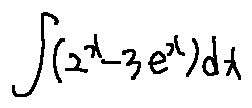
\int ( 2 ^ { x } - 3 e ^ { x } ) d x